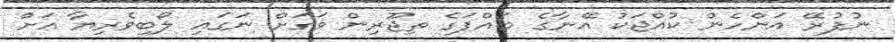
ނުފުރޭ އަންހެން ކުއްޖަކު އޭނާގެ ބައްޕަގެ ތިޖޫރިން ވަގަށް ނަގައި ލޯބިވެރިޔާ އަށް